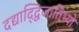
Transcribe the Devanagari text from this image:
दद्याद्द्विजातिभ्यो